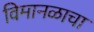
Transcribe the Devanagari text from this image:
विमानळाचा